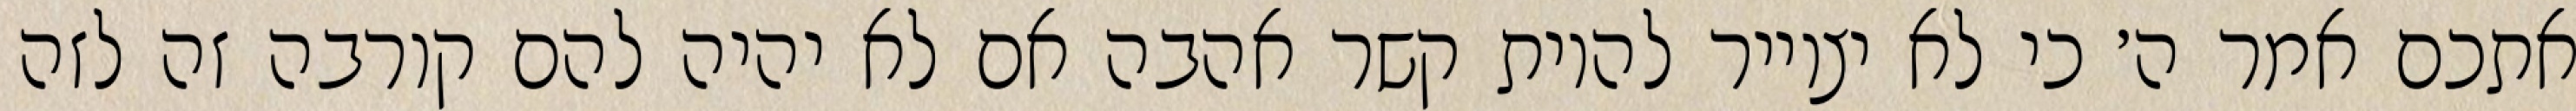
אתכם אמר ה׳ כי לא יצוייר להיות קשר אהבה אם לא יהיה להם קורבה זה לזה